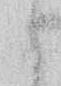
候